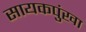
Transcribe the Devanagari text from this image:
सायकपुंखा